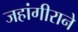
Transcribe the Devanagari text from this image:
जहांगीराने